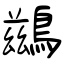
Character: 鷀